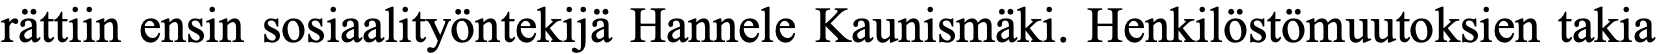
rättiin ensin sosiaalityöntekijä Hannele Kaunismäki. Henkilöstömuutoksien takia